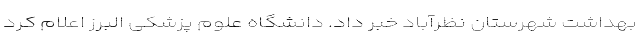
بهداشت شهرستان نظرآباد خبر داد. دانشگاه علوم پزشکی البرز اعلام کرد